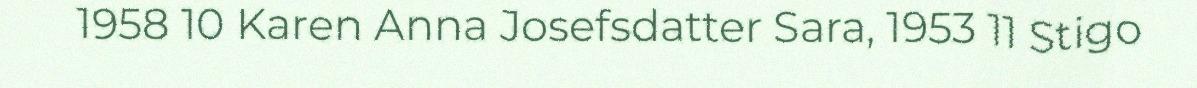
1958 10 Karen Anna Josefsdatter Sara, 1953 11 Stigo